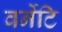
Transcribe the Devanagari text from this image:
वर्नेटि